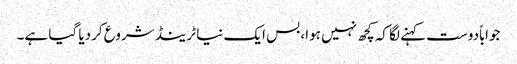
جواباًدوست کہنے لگا کہ کچھ نہیں ہوا، بس ایک نیا ٹرینڈ شروع کردیا گیا ہے۔